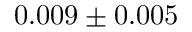
0 . 0 0 9 \pm 0 . 0 0 5